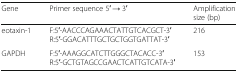
<table><thead><tr><td><b>Gene</b></td><td><b>Primer sequence 5′ → 3′</b></td><td><b>Amplification size (bp)</b></td></tr></thead><tbody><tr><td>eotaxin-1</td><td>F:5′-AACCCAGAAACTATTGTCACGCT-3′ R:5′-GGACATTTGCTGCTGGTGATTAT-3′</td><td>216</td></tr><tr><td>GAPDH</td><td>F:5′-AAAGGCATCTTGGGCTACACC-3′ R:5′-GCTGTAGCCGAACTCATTGTCATA-3′</td><td>153</td></tr></tbody></table>